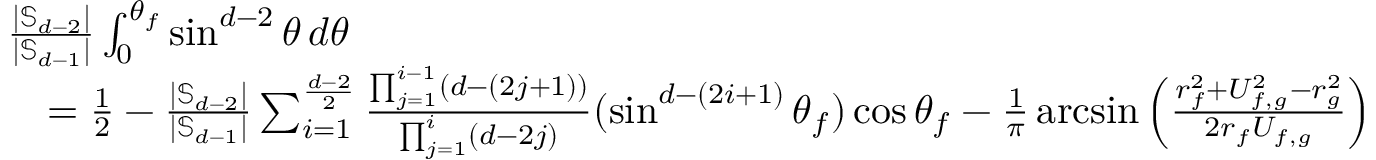
\begin{array} { r l } & { \frac { | \mathbb { S } _ { d - 2 } | } { | \mathbb { S } _ { d - 1 } | } \int _ { 0 } ^ { \theta _ { f } } \sin ^ { d - 2 } \theta \, d \theta } \\ & { \quad = \frac { 1 } { 2 } - \frac { | \mathbb { S } _ { d - 2 } | } { | \mathbb { S } _ { d - 1 } | } \sum _ { i = 1 } ^ { \frac { d - 2 } { 2 } } \frac { \prod _ { j = 1 } ^ { i - 1 } ( d - ( 2 j + 1 ) ) } { \prod _ { j = 1 } ^ { i } ( d - 2 j ) } ( \sin ^ { d - ( 2 i + 1 ) } \theta _ { f } ) \cos \theta _ { f } - \frac { 1 } { \pi } \arcsin \left( \frac { r _ { f } ^ { 2 } + U _ { f , g } ^ { 2 } - r _ { g } ^ { 2 } } { 2 r _ { f } U _ { f , g } } \right) } \end{array}